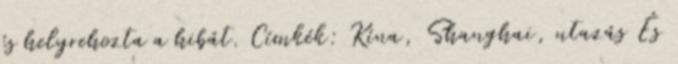
és helyrehozta a hibát. Címkék: Kína, Shanghai, utazás És